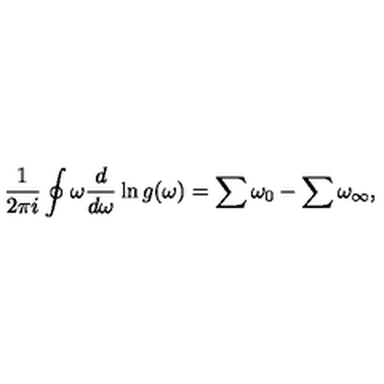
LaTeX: \frac { 1 } { 2 \pi i } \oint \omega \frac { d } { d \omega } \ln g ( \omega ) = \sum \omega _ { 0 } - \sum \omega _ { \infty } ,